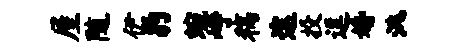
屋随伊豹蜿峥稿途投逗婚洮